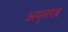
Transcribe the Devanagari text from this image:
अमृतरत्न